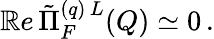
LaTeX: \mathbb{R}e\, \tilde{{\Pi}}_{F}^{(q)\, L}(Q)\simeq0\, .